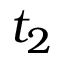
t _ { 2 }